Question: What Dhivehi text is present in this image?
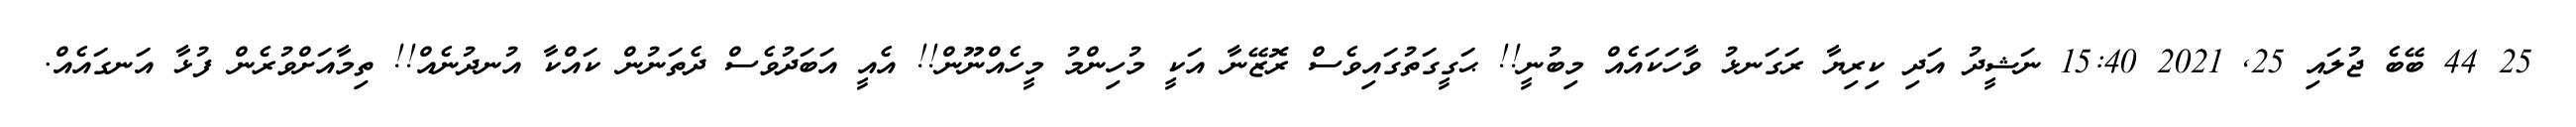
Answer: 25 44 ބޭބެ ޖުލައި 25, 2021 15:40 ނަޝީދު އަދި ކިރިޔާ ރަގަނޅު ވާހަކައެއް މިބުނީ!! ޙަގީގަތުގައިވެސް ރޮޒޭނާ އަކީ މުހިންމު މީހެއްނޫން!! އެއީ އަބަދުވެސް ދެތަނުން ކައްކާ އުނދުނެއް!! ތިމާއަށްވުރެން ފުޅާ އަނގައެއް.